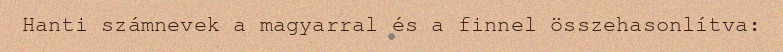
Hanti számnevek a magyarral és a finnel összehasonlítva: